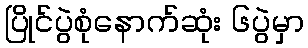
ပြိုင်ပွဲစုံနောက်ဆုံး ၆ပွဲမှာ